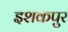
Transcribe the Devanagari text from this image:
इशकपुर